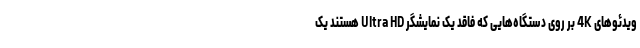
ویدئوهای 4K بر روی دستگاه‌هایی که فاقد یک نمایشگر Ultra HD هستند یک